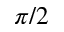
\pi / 2